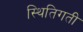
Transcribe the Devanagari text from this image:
स्थितिगती